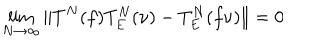
LaTeX: \lim _ { N \to \infty } \Vert T ^ { N } ( f ) T _ { E } ^ { N } ( \nu ) - T _ { E } ^ { N } ( f \nu ) \Vert = 0